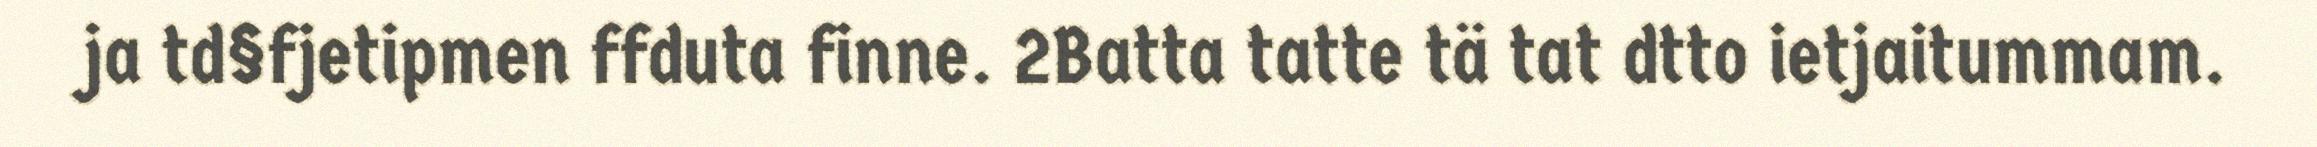
ja td§fjetipmen ffduta finne. 2Batta tatte tä tat dtto ietjaitummam.